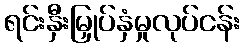
ရင်းနှီးမြှုပ်နှံမှုလုပ်ငန်း